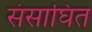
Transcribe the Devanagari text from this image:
संसाघित